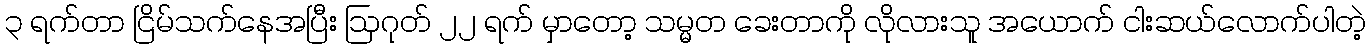
၃ ရက်တာ ငြိမ်သက်နေအပြီး ဩဂုတ် ၂၂ ရက် မှာတော့ သမ္မတ ခေးတာကို လိုလားသူ အယောက် ငါးဆယ်လောက်ပါတဲ့